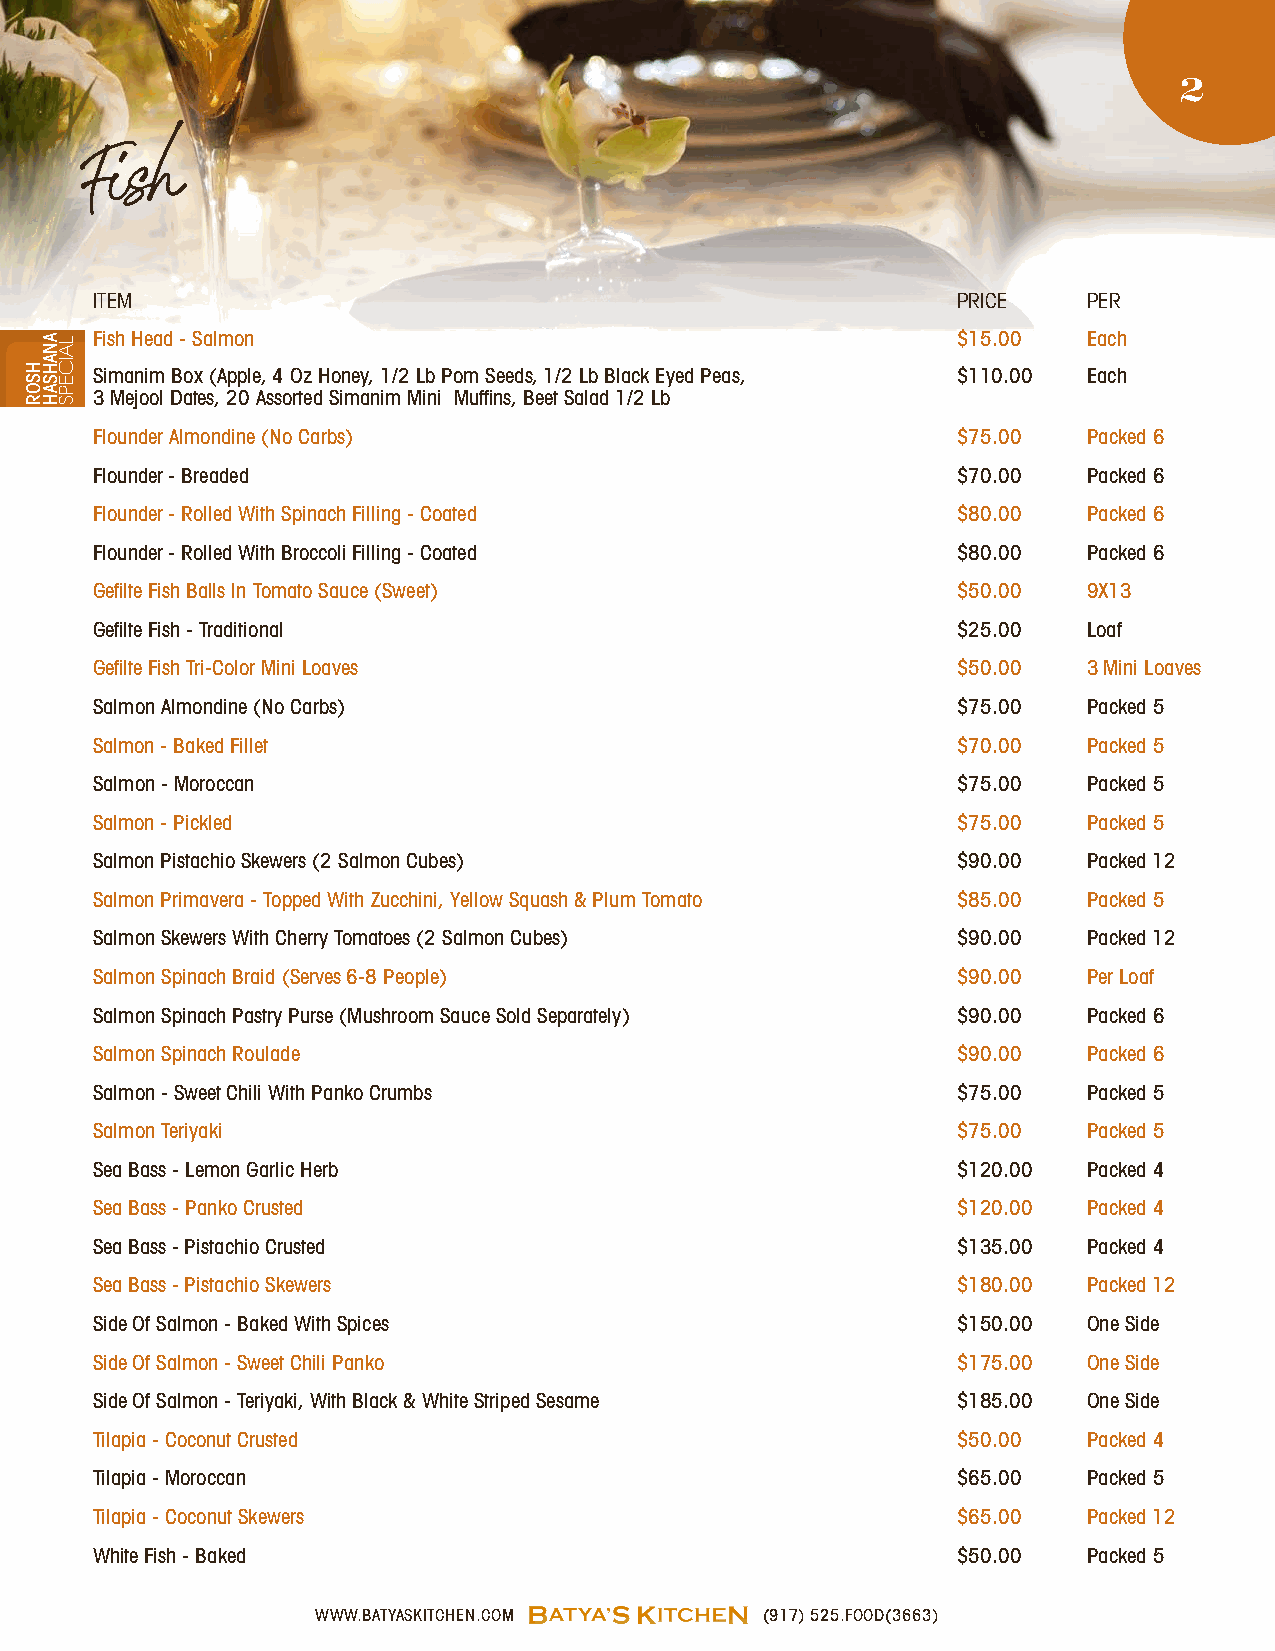
2
 Fish
 ITEM                                                     PRICE    PER
 Fish Head - Salmon                                       $15.00   Each
 Simanim Box (Apple, 4 Oz Honey, 1/2 Lb Pom Seeds, 1/2 Lb Black Eyed Peas, $110.00 Each
 3 Mejool Dates, 20 Assorted Simanim Mini Muffins, Beet Salad 1/2 Lb
 Flounder Almondine (No Carbs)                            $75.00   Packed 6
 Flounder - Breaded                                       $70.00   Packed 6
 Flounder - Rolled With Spinach Filling - Coated          $80.00   Packed 6
 Flounder - Rolled With Broccoli Filling - Coated         $80.00   Packed 6
 Gefilte Fish Balls In Tomato Sauce (Sweet)               $50.00   9X13
 Gefilte Fish - Traditional                               $25.00   Loaf
 Gefilte Fish Tri-Color Mini Loaves                       $50.00   3 Mini Loaves
 Salmon Almondine (No Carbs)                              $75.00   Packed 5
 Salmon - Baked Fillet                                    $70.00   Packed 5
 Salmon - Moroccan                                        $75.00   Packed 5
 Salmon - Pickled                                         $75.00   Packed 5
 Salmon Pistachio Skewers (2 Salmon Cubes)                $90.00   Packed 12
 Salmon Primavera - Topped With Zucchini, Yellow Squash & Plum Tomato $85.00 Packed 5
 Salmon Skewers With Cherry Tomatoes (2 Salmon Cubes)     $90.00   Packed 12
 Salmon Spinach Braid (Serves 6-8 People)                 $90.00   Per Loaf
 Salmon Spinach Pastry Purse (Mushroom Sauce Sold Separately) $90.00 Packed 6
 Salmon Spinach Roulade                                   $90.00   Packed 6
 Salmon - Sweet Chili With Panko Crumbs                   $75.00   Packed 5
 Salmon Teriyaki                                          $75.00   Packed 5
 Sea Bass - Lemon Garlic Herb                             $120.00  Packed 4
 Sea Bass - Panko Crusted                                 $120.00  Packed 4
 Sea Bass - Pistachio Crusted                             $135.00  Packed 4
 Sea Bass - Pistachio Skewers                             $180.00  Packed 12
 Side Of Salmon - Baked With Spices                       $150.00  One Side
 Side Of Salmon - Sweet Chili Panko                       $175.00  One Side
 Side Of Salmon - Teriyaki, With Black & White Striped Sesame $185.00 One Side
 Tilapia - Coconut Crusted                                $50.00   Packed 4
 Tilapia - Moroccan                                       $65.00   Packed 5
 Tilapia - Coconut Skewers                                $65.00   Packed 12
 White Fish - Baked                                       $50.00   Packed 5
 WWW.BATYASKITCHEN.COM         (917) 525.FOOD(3663)
 HSOR
 ANAHSAH LAICEPS